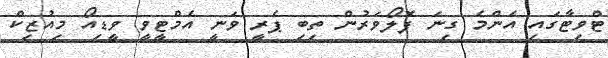
ޓްވިޓާގައި އެންމެ ގިނަ ފޮލޯވަރުން ތިބި ޕެރީ ވަނީ އެމްޓީވީ ވީޑިއޯ މިއުޒިކް